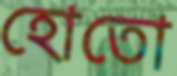
হোতো